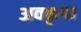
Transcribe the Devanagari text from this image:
अवकृपा